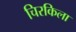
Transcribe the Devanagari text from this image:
चिरकिला